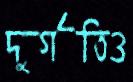
দুর্গতিও